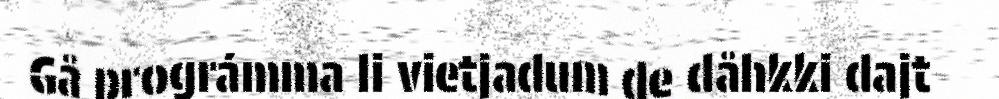
Gå prográmma li vietjadum de dåhkki dajt